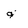
Character: g